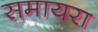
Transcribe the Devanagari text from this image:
समायरा